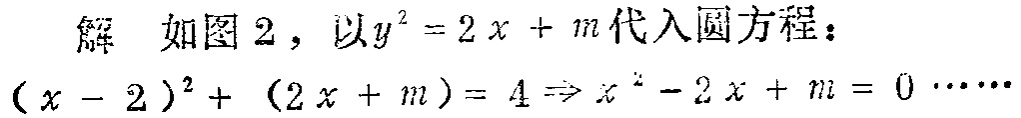
解 如图2，以\(y^{2}=2x + m\)代入圆方程：
\((x - 2)^{2}+(2x + m)=4\Rightarrow x^{2}-2x + m = 0\cdots\cdots\)